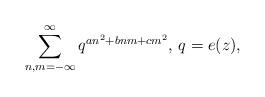
LaTeX: \begin{align*}\sum^{\infty}_{n,m=-\infty}q^{an^2+bnm+cm^2}\textrm{, }q=e(z),\end{align*}